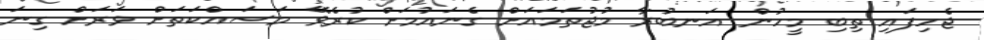
ޖެހިފައި ތިބި މީހުން އަނބުރާ މުޖުތަމައަށް ގެނައުމަށް ކުރެވޭ މަސައްކަތަށް ވަރަށް ގިނަ